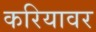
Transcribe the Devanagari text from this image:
करियावर